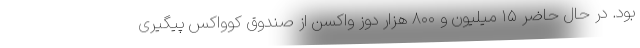
بود. در حال حاضر ۱۵ میلیون و ۸۰۰ هزار دوز واکسن از صندوق کوواکس پیگیری